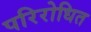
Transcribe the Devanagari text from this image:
परिरोधित